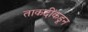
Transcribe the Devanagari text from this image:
ताकदींकडून